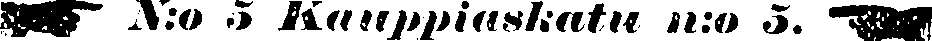
☛ N:o 5 Kauppiaskatu n:o 5. ☚